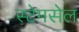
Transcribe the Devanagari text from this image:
स्टेमसेल